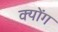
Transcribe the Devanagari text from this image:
क्योंग